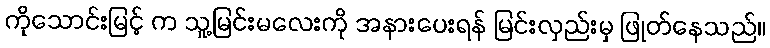
ကိုသောင်းမြင့် က သူ့မြင်းမလေးကို အနားပေးရန် မြင်းလှည်းမှ ဖြုတ်နေသည်။